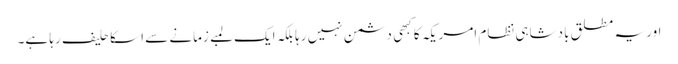
اور یہ مطلق بادشاہی نظام امریکہ کا کبهی دشمن نہیں رہا بلکہ ایک لمبے زمانے سے اسکا حلیف رہا ہے۔